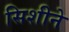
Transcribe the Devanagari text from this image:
सिशीने